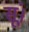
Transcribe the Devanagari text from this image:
सूं।